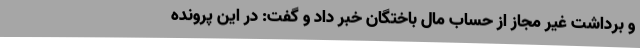
و برداشت غیر مجاز از حساب مال باختگان خبر داد و گفت: در این پرونده